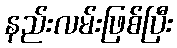
နည်းလမ်းဖြစ်ပြီး